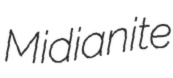
Midianite